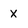
Character: x